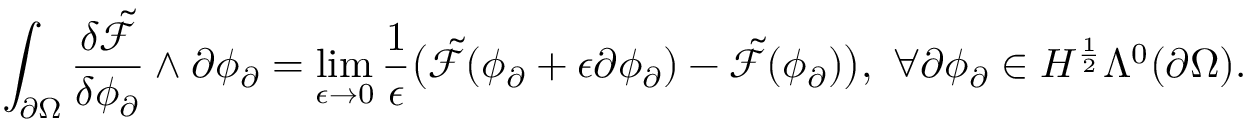
\int _ { \partial \Omega } \frac { \delta \tilde { \mathcal { F } } } { \delta \phi _ { \partial } } \wedge \partial \phi _ { \partial } = \operatorname* { l i m } _ { \epsilon \to 0 } \frac { 1 } { \epsilon } \big ( \tilde { \mathcal { F } } ( \phi _ { \partial } + \epsilon \partial \phi _ { \partial } ) - \tilde { \mathcal { F } } ( \phi _ { \partial } ) \big ) , \ \forall \partial \phi _ { \partial } \in H ^ { \frac { 1 } { 2 } } \Lambda ^ { 0 } ( \partial \Omega ) .